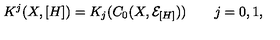
K ^ { j } ( X , [ H ] ) = K _ { j } ( C _ { 0 } ( X , { \mathcal E } _ { [ H ] } ) ) \qquad j = 0 , 1 ,